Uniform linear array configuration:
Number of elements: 48
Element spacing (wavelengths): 0.25
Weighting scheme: blackman
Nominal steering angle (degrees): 60
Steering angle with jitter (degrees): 58.103
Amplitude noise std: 0.05
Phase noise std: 0.05

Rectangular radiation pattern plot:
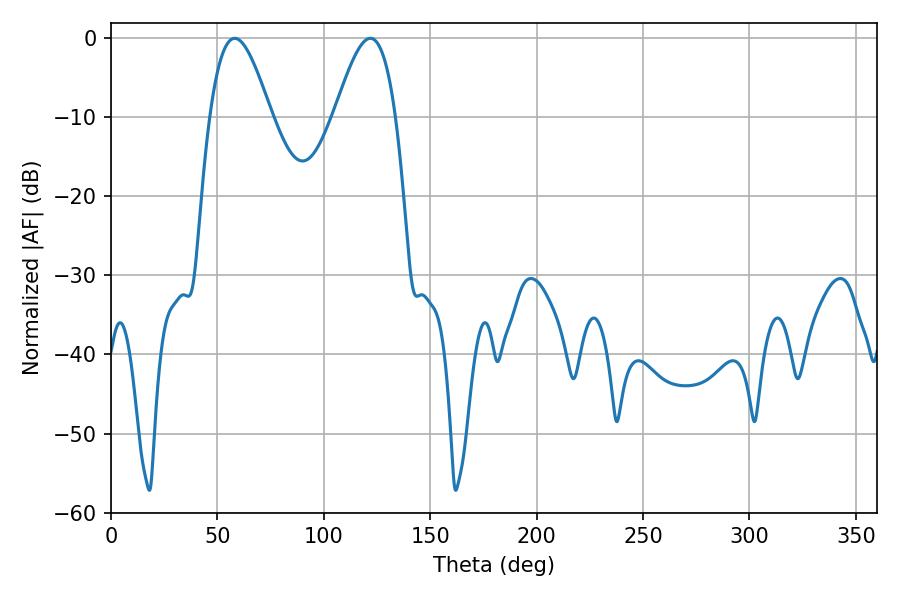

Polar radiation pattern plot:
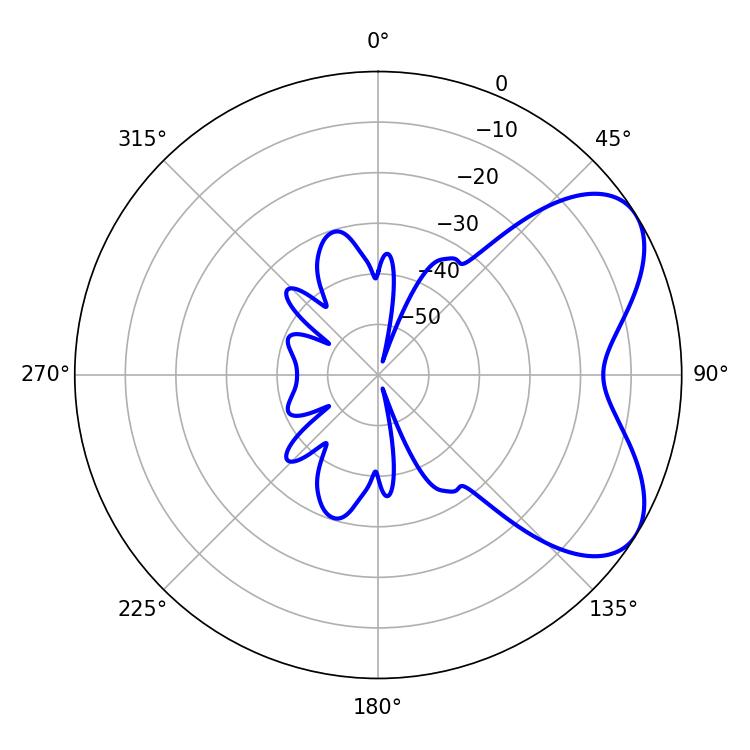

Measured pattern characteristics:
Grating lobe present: FALSE
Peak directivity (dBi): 5.853
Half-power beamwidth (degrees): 15.48
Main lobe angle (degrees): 58.14